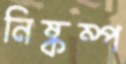
নিষ্কম্প